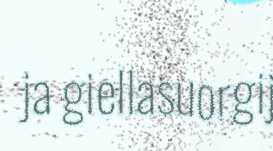
ja giellasuorgij